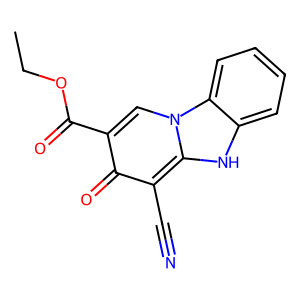
SMILES: CCOC(=O)c1cn2c([nH]c3ccccc32)c(C#N)c1=O
Inhibits HIV replication: No